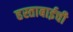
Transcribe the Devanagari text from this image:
हस्ताबाईची